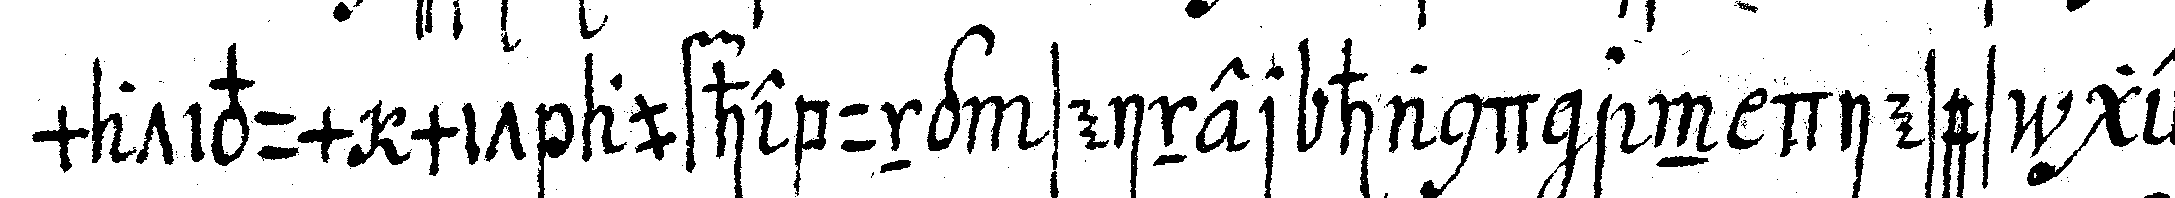
mativum mit aufhebung seiner hand an dieses ge